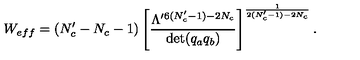
W _ { e f f } = ( N _ { c } ^ { \prime } - N _ { c } - 1 ) \left[ \frac { \Lambda ^ { \prime 6 ( N _ { c } ^ { \prime } - 1 ) - 2 N _ { c } } } { \det ( q _ { a } q _ { b } ) } \right] ^ { \frac { 1 } { 2 ( N _ { c } ^ { \prime } - 1 ) - 2 N _ { c } } } .